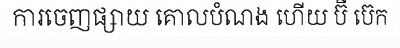
ការចេញផ្សាយ គោលបំណង ហើយ ប៊ី ប៊េក